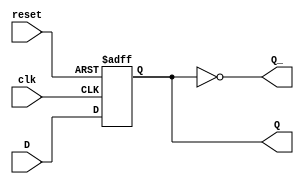
module D_FlipFlop (
    input wire clk,
    input wire reset,
    input wire D,
    output reg Q,
    output reg Q_
);

always @(posedge clk or posedge reset) begin
    if (reset)
        Q <= 1'b0;
    else
        Q <= D;
end

assign Q_ = ~Q;

endmodule